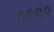
૧૯૨૨